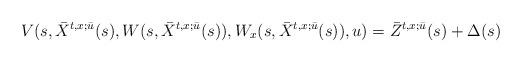
LaTeX: \begin{align*}V(s,\bar{X}^{t,x;\bar{u}}(s),W(s,\bar{X}^{t,x;\bar{u}}(s)),W_x(s,\bar{X}^{t,x;\bar{u}}(s)),u)=\bar{Z}^{t,x;\bar{u}}(s)+\Delta(s)\end{align*}